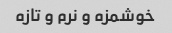
خوشمزه و نرم و تازه